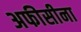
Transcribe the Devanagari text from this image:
अफीसीना